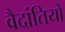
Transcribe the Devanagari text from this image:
वैदांतियों